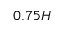
0 . 7 5 H